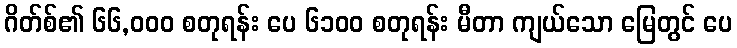
ဂိတ်စ်၏ ၆၆,၀၀၀ စတုရန်း ပေ ၆၁၀၀ စတုရန်း မီတာ ကျယ်သော မြေတွင် ပေ